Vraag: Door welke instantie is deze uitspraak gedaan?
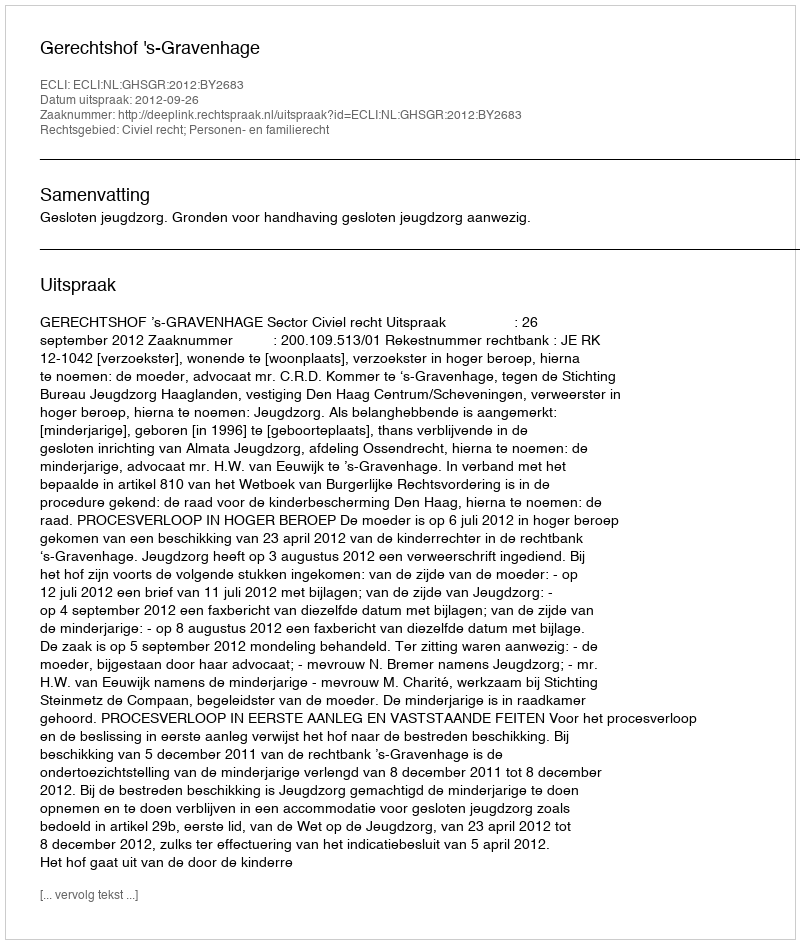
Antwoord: Gerechtshof 's-Gravenhage